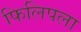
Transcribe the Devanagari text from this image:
फिलिपला